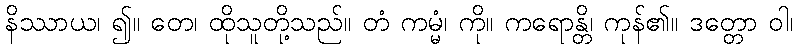
နိဿာယ၊ ၍။ တေ၊ ထိုသူတို့သည်။ တံ ကမ္မံ၊ ကို။ ကရောန္တိ၊ ကုန်၏။ ဒတ္တော ဝါ၊